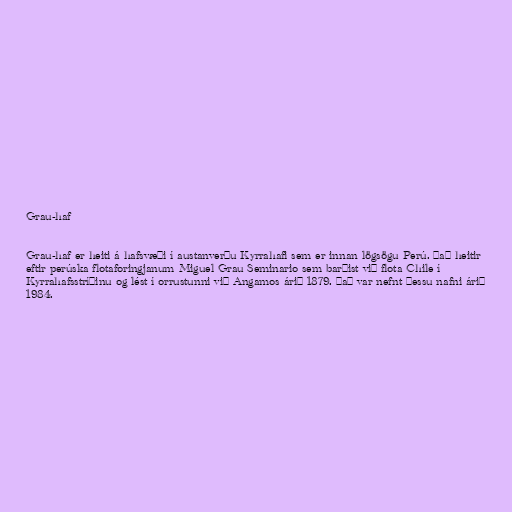
Grau-haf

Grau-haf er heiti á hafsvæði í austanverðu Kyrrahafi sem er innan lögsögu Perú. Það heitir
eftir perúska flotaforingjanum Miguel Grau Seminario sem barðist við flota Chile í
Kyrrahafsstríðinu og lést í orrustunni við Angamos árið 1879. Það var nefnt þessu nafni árið
1984.